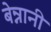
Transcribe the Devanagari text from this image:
बेन्नानी